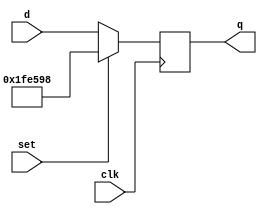
`timescale 1ns / 1ps
//////////////////////////////////////////////////////////////////////////////////
// Company: 
// Engineer: 
// 
// Design Name: 
// Module Name: dffu
// Project Name: 
// Target Devices: 
// Tool Versions: 
// Description: 
// 
// Dependencies: 
// 
// Revision:
// Revision 0.01 - File Created
// Additional Comments:
// 
//////////////////////////////////////////////////////////////////////////////////


module dffu(
    input [20:0] d,
    input set,
    input clk,
    output reg signed [20:0] q
    );
    always @(posedge clk)
    begin
        if(set == 1) begin
            q <= 21'b1111_1111_0010_110_011_000;
            //q <= 21'b1111_1111_0010_000_000_000;
            //q <= 21'b0000_0000_1111_000_000_000;
        end
        else begin
            q <= d;
        end
    end
endmodule